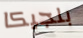
بلجيكا